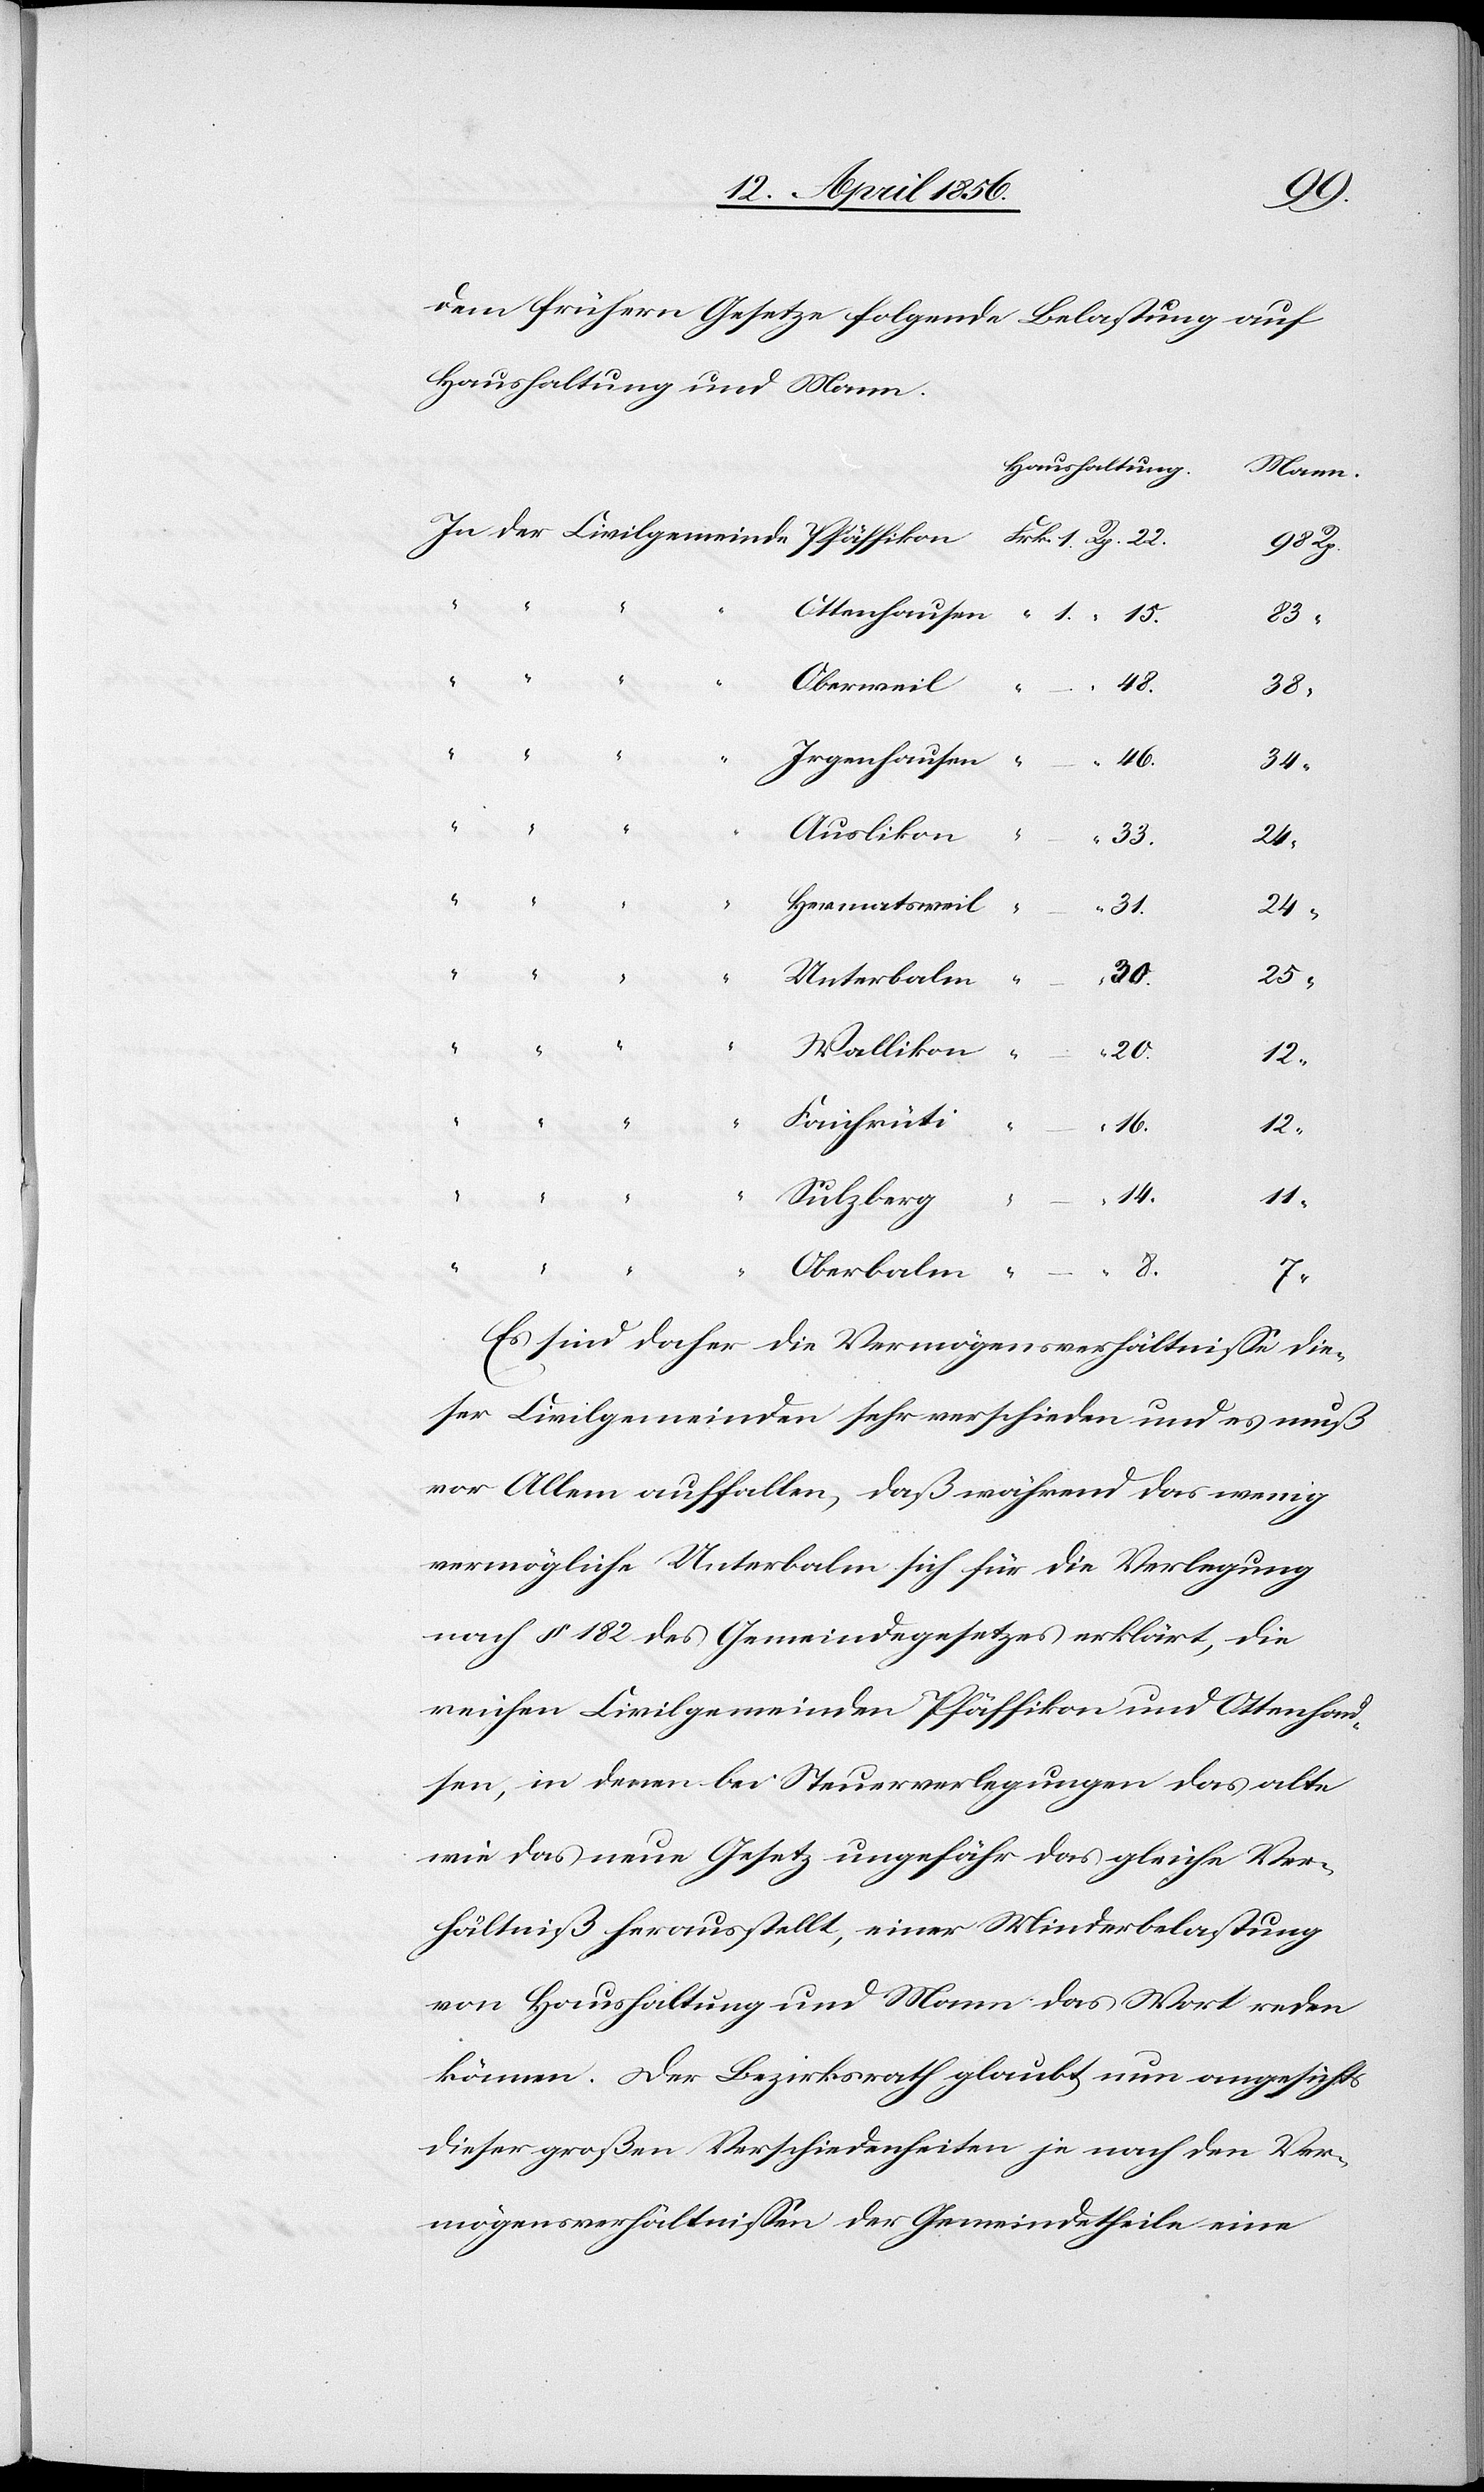
dem frühern Gesetze folgende Belastung auf
Haushaltung und Mann.
Haushaltung.
Mann.
15.
83
Oberweil
38
Irgenhausen
46.
34
Auslikon
33.
Hermatsweil
31.
24
30.
25
Unterbalm
Wallikon
20.
12
Faichrüti
16.
12
Sulzberg
14.
Rp.
hausen
8.
Es sind daher die Vermögensverhältnisse die¬
ser Civilgemeinden sehr verschieden und es muß
vor Allem auffallen, daß während das wenig
vermögliche Unterbalm sich für die Verlegung
nach § 182 des Gemeindegesetzes erklärt, die
reichen Civilgemeinden Pfäffikon und Ottenhau¬
sen, in denen bei Steuerverlegungen das alte
wie das neue Gesetz ungefähr das gleiche Ver¬
hältniß herausstellt, einer Minderbelastung
von Haushaltung und Mann das Wort reden
können. Der Bezirksrath glaubt nun angesichts
dieser großen Verschiedenheiten je nach den Ver¬
mögensverhältnissen der Gemeindetheile eine